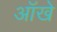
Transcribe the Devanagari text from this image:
आॅखे